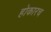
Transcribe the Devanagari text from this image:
होकारच